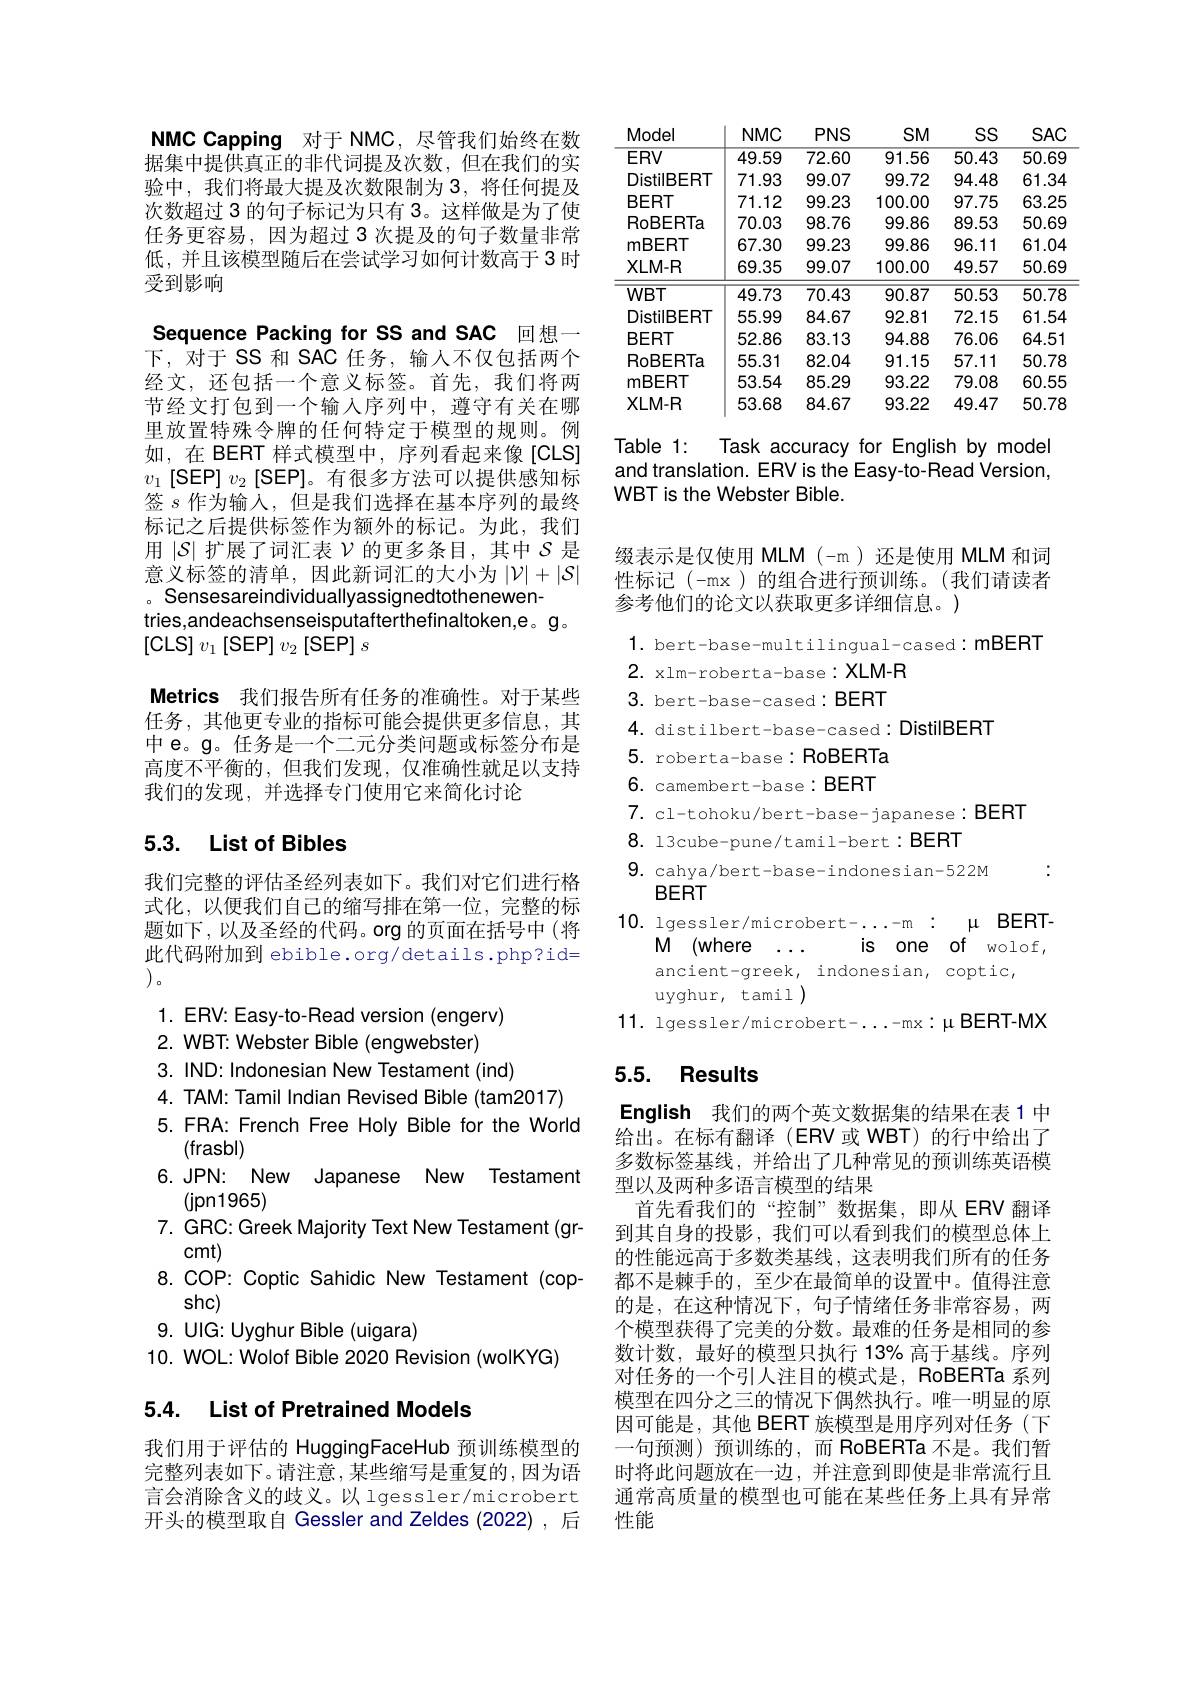
NMC Capping 对于 NMC, 尽管我们始终在数据集中提供真正的非代词提及次数，但在我们的实验中，我们将最大提及次数限制为 3,将任何提及次数超过 3 的句子标记为只有 3。这样做是为了使任务更容易，因为超过 3 次提及的句子数量非常低，并且该模型随后在尝试学习如何计数高于 3 时受到影响

Sequence Packing for SS and SAC 回想一下，对于 SS 和 SAC 任务，输人不仅包括两个

经文，还包括一个意义标签。首先，我们将两节经文打包到一个输入序列中，遵守有关在哪里放置特殊令牌的任何特定于模型的规则。例如，在 BERT 样式模型中，序列看起来像[CLS] $v_1$ $[ \mathsf{SEP}]$ $v_2$ $[ \mathsf{SEP}]$。有很多方法可以提供感知标签$s$作为输入，但是我们选择在基本序列的最终标记之后提供标签作为额外的标记。为此，我们用$|\mathcal{S}|$扩展了词汇表$\mathcal{V}$的更多条目，其中$\mathcal{S}$是意义标签的清单，因此新词汇的大小为$|\mathcal{V}|+|\mathcal{S}|$ 。Sensesareindividuallyassignedtothenewen-
tries,andeachsenseisputafterthefinaltoken,e。g。
[CLS] $v_1[$SEP$]v_2[$SEP$]s$
Metrics 我们报告所有任务的准确性。对于某些任务，其他更专业的指标可能会提供更多信息，其中 e。g。任务是一个二元分类问题或标签分布是高度不平衡的，但我们发现，仅准确性就足以支持我们的发现，并选择专门使用它来简化讨论

## 5.3. List of Bibles

我们完整的评估圣经列表如下。我们对它们进行格式化，以便我们自己的缩写排在第一位，完整的标题如下，以及圣经的代码。org 的页面在括号中 (将此代码附加到 ebible.org/details.php?id= $)_{0}$
1. ERV: Easy-to-Read version (engerv)
2. WBT: Webster Bible (engwebster)
3. IND: Indonesian New Testament (ind)
4. TAM: Tamil Indian Revised Bible (tam2017) 5. FRA: French Free Holy Bible for the World
(frasbl)
6.JPN: New Japanese New Testament
(jpn1965)
7. GRC: Greek Majority Text New Testament (gr-
cmt)
8. COP: Coptic Sahidic New Testament (cop-
shc)
9. UIG: Uyghur Bible (uigara)
10. WOL: Wolof Bible 2020 Revision (wolKYG)

## 5.4. List of Pretrained Models

我们用于评估的 HuggingFaceHub 预训练模型的完整列表如下。请注意，某些缩写是重复的，因为语言会消除含义的歧义。以 lgessler/microbert 开头的模型取自 Gessler and Zeldes (2022),后

<table>
	<tbody>
		<tr>
			<th>Model</th>
			<th>$NMC$</th>
			<th>$PNS$</th>
			<th>$SM$</th>
			<th>SS</th>
			<th>$SAC$</th>
		</tr>
		<tr>
			<td>$ERV$</td>
			<td>49.59</td>
			<td>72.60</td>
			<td>91.56</td>
			<td>50.43</td>
			<td>50.69</td>
		</tr>
		<tr>
			<td>DistilBERT</td>
			<td>71.93</td>
			<td>99.07</td>
			<td>99.72</td>
			<td>94.48</td>
			<td>61.34</td>
		</tr>
		<tr>
			<td>$BERT$</td>
			<td>71.12</td>
			<td>99.23</td>
			<td>100.00</td>
			<td>97.75</td>
			<td>63.25</td>
		</tr>
		<tr>
			<td>RoBERTa</td>
			<td>70.03</td>
			<td>98.76</td>
			<td>99.86</td>
			<td>89.53</td>
			<td>50.69</td>
		</tr>
		<tr>
			<td>mBERT</td>
			<td>67.30</td>
			<td>99.23</td>
			<td>99.86</td>
			<td>96.11</td>
			<td>61.04</td>
		</tr>
		<tr>
			<td>$XLM-R$</td>
			<td>69.35</td>
			<td>99.07</td>
			<td>100.00</td>
			<td>49.57</td>
			<td>50.69</td>
		</tr>
		<tr>
			<td>$WBT$</td>
			<td>49.73</td>
			<td>70.43</td>
			<td>90.87</td>
			<td>50.53</td>
			<td>50.78</td>
		</tr>
		<tr>
			<td>DistilBERT</td>
			<td>55.99</td>
			<td>84.67</td>
			<td>92.81</td>
			<td>72.15</td>
			<td>61.54</td>
		</tr>
		<tr>
			<td>$BERT$</td>
			<td>52.86</td>
			<td>83.13</td>
			<td>94.88</td>
			<td>76.06</td>
			<td>64.51</td>
		</tr>
		<tr>
			<td>RoBERTa</td>
			<td>55.31</td>
			<td>82.04</td>
			<td>91.15</td>
			<td>57.11</td>
			<td>50.78</td>
		</tr>
		<tr>
			<td>mBERT</td>
			<td>53.54</td>
			<td>85.29</td>
			<td>93.22</td>
			<td>79.08</td>
			<td>60.55</td>
		</tr>
		<tr>
			<td>$XLM-R$</td>
			<td>53.68</td>
			<td>84.67</td>
			<td>93.22</td>
			<td>49.47</td>
			<td>50.78</td>
		</tr>
	</tbody>
</table>

Table 1:
Task accuracy for English by model
and translation. ERV is the Easy-to-Read Version,
WBT is the Webster Bible.

缀表示是仅使用 MLM (-m)还是使用 MLM 和词

性标记(-mx)的组合进行预训练。(我们请读者
参考他们的论文以获取更多详细信息。)
1. bert-base-multilingual-cased: mBERT
2. xlm-roberta-base:XLM-R
3. bert-base-cased: BERT
4. distilbert-base-cased:DistilBERT
5. roberta-base: RoBERTa 6. camembert-base: BERT 7. cl-tohoku/bert-base-japanese:BERT
8. 13cube-pune/tamil-bert:BERT
9. cahya/bert-base-indonesian-522M
BERT
10. lgessler/microbert-......-m:μ BERT-
M (where $\ldots$
is one of wolof,
ancient-greek, indonesian, coptic
uyghur, tamil )
11. lgessler/microbert-......-mx:μBERT-MX

## 5.5. Results

English 我们的两个英文数据集的结果在表1 中给出。在标有翻译(ERV或 WBT)的行中给出了多数标签基线，并给出了几种常见的预训练英语模型以及两种多语言模型的结果
首先看我们的“控制”数据集，即从 ERV 翻译到其自身的投影，我们可以看到我们的模型总体上的性能远高于多数类基线，这表明我们所有的任务都不是棘手的，至少在最简单的设置中。值得注意的是，在这种情况下，句子情绪任务非常容易，两个模型获得了完美的分数。最难的任务是相同的参数计数，最好的模型只执行 13% 高于基线。序列对任务的一个引人注目的模式是，RoBERTa 系列模型在四分之三的情况下偶然执行。唯一明显的原因可能是，其他 BERT 族模型是用序列对任务(下一句预测)预训练的，而 RoBERTa 不是。我们暂时将此问题放在一边，并注意到即使是非常流行且通常高质量的模型也可能在某些任务上具有异常性能